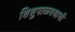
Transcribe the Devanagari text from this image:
शिशुपाळवधाची